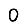
Digit: 0